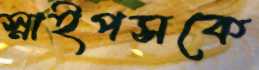
স্নাইপসকে